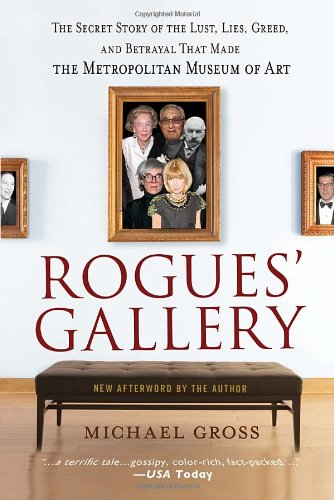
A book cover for Rogues' Gallery: The Secret Story of the Lust, Lies, Greed, and Betrayals That Made the Metropolitan Museum of Art; Michael Gross; Business & Money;